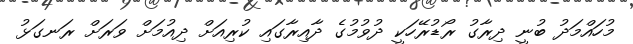
މުހައްމަދު ބުނީ ދިރާގު ރޯޑުރޭހަކީ ދުވުމުގެ ދާއިރާގައި ކުރިއަށް ދިއުމަށް ވަރަށް ރަނގަޅު